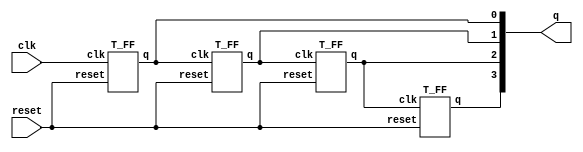
`timescale 1ns / 1ps
//////////////////////////////////////////////////////////////////////////////////
// Company: 
// Engineer: 
// 
// Design Name: 
// Module Name: rcc
// Project Name: 
// Target Devices: 
// Tool Versions: 
// Description: 
// 
// Dependencies: 
// 
// Revision:
// Revision 0.01 - File Created
// Additional Comments:
// 
//////////////////////////////////////////////////////////////////////////////////


module RCC (q,clk,reset);
output [3:0] q;
input clk, reset;
T_FF tff0(q[0], clk, reset);
T_FF tff1(q[1], q[0], reset);
T_FF tff2(q[2], q[1], reset);
T_FF tff3(q[3], q[2], reset);
endmodule

module T_FF(q, clk, reset);
output q;
input clk, reset;
wire d;
D_FF dff0(q, d, clk, reset);
not n1(d, q); // not is a verilog-provided primitive
endmodule


module D_FF(q, d, clk, reset);
output q;
input d, clk, reset;
reg q;
always @(posedge reset or negedge clk)
if (reset)
q = 1'b0;
else
q = d;
endmodule